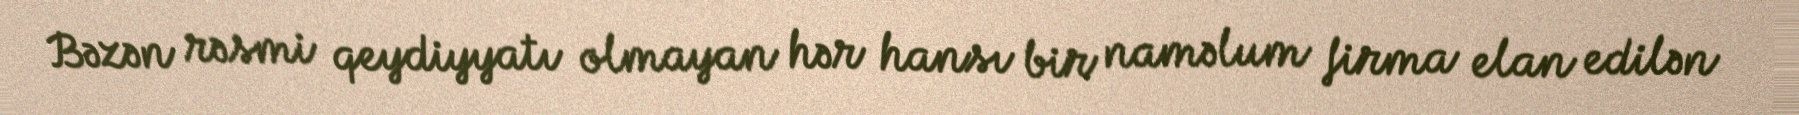
Bəzən rəsmi qeydiyyatı olmayan hər hansı bir naməlum firma elan edilən